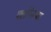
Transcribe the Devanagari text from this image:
फ्लोरेन्सवर